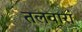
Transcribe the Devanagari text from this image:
तलवारां